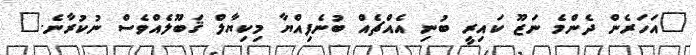
"އަހަރެން ދެންމެ ނަޒޫ ކައިރީ ބުނި އެއްޗެއް ބުނެފިއްޔާ މިކިޔާލް ޤަބޫލެއްވެސް ނުކުރާނެ."